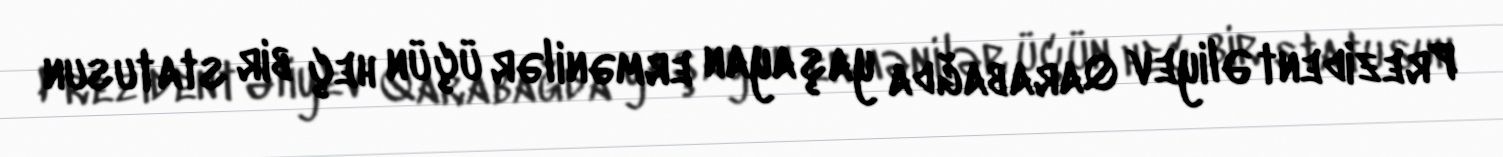
Prezident Əliyev Qarabağda yaşayan ermənilər üçün heç bir statusun